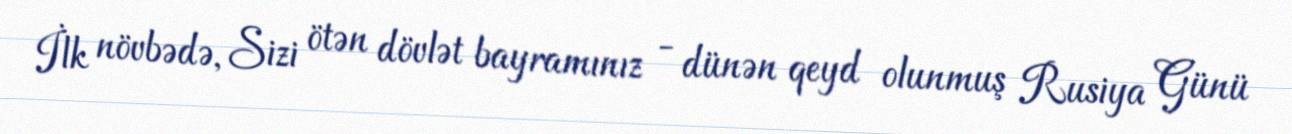
İlk növbədə, Sizi ötən dövlət bayramınız - dünən qeyd olunmuş Rusiya Günü